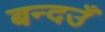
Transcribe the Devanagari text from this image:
बन्दउँ